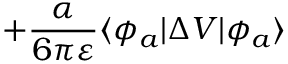
+ \frac { \alpha } { 6 \pi \varepsilon } \langle \phi _ { a } | \Delta V | \phi _ { a } \rangle